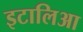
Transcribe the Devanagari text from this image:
इटालिआ